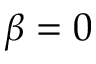
\beta = 0